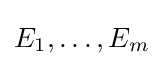
E_{1},\ldots ,E_{m}